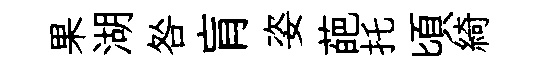
果湖咎肓姿葩托頃綺